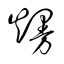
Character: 熳